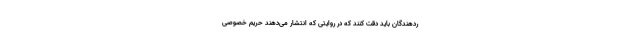
ردهندگان باید دقت‌ کنند که در روایتی که انتشار می‌دهند حریم خصوصی